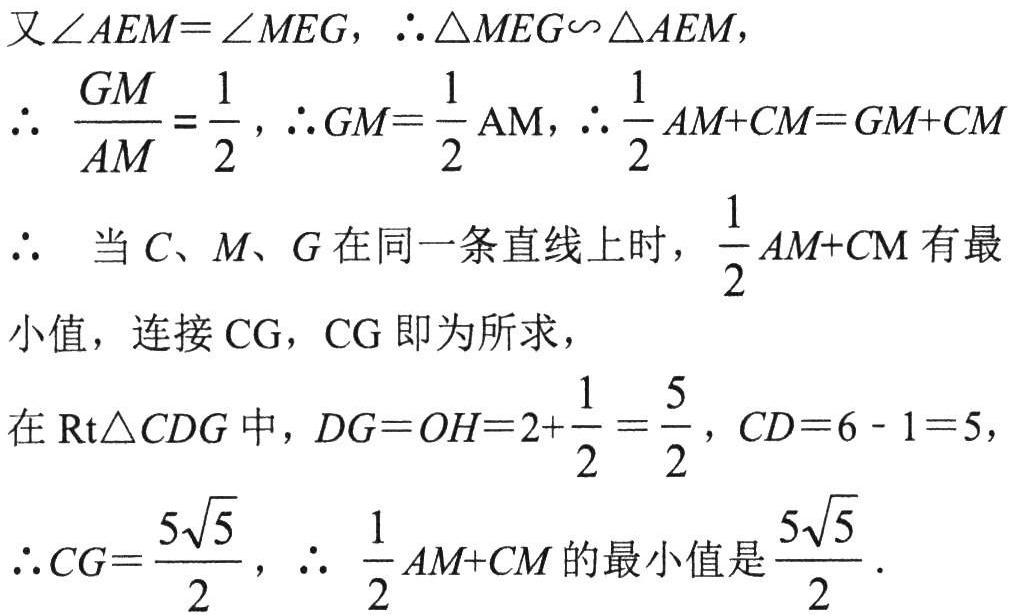
又\(\angle AEM=\angle MEG\)，\(\therefore\triangle MEG\sim\triangle AEM\)，
\(\therefore \frac{GM}{AM}=\frac{1}{2}\)，\(\therefore GM = \frac{1}{2}AM\)，\(\therefore\frac{1}{2}AM + CM=GM + CM\)
\(\therefore\) 当\(C、M、G\)在同一条直线上时，\(\frac{1}{2}AM + CM\)有最
小值，连接\(CG\)，\(CG\)即为所求，
在\(\text{Rt}\triangle CDG\)中，\(DG = OH=2+\frac{1}{2}=\frac{5}{2}\)，\(CD = 6 - 1 = 5\)，
\(\therefore CG=\frac{5\sqrt{5}}{2}\)，\(\therefore \frac{1}{2}AM + CM\)的最小值是\(\frac{5\sqrt{5}}{2}\).